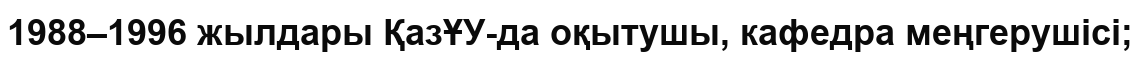
1988–1996 жылдары ҚазҰУ-да оқытушы, кафедра меңгерушісі;